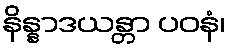
နိန္နာဒယန္တာ ပဝနံ၊